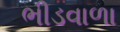
ભીડવાળા